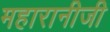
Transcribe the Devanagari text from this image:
महारानीजी